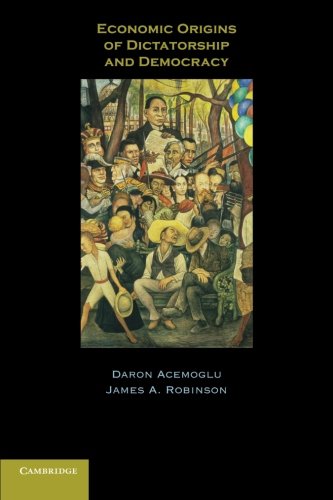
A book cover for Economic Origins of Dictatorship and Democracy; Daron Acemoglu; Business & Money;